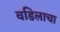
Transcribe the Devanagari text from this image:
वडिलाचा